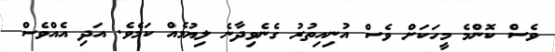
ވެސް ކޮންމެ މީހަކަށް ވެސް އުނިއިތުރު ގެނެވިދާނެ ލިޔުމެއް ކަމެވެ. އަދި އެއްވެސް